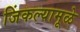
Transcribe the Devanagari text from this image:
जिंकल्यामूळे